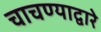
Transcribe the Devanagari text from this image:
चाचण्याद्वारे